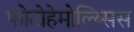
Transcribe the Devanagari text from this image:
फोटोहेमोल्य्सिस